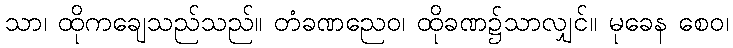
သာ၊ ထိုကချေသည်သည်။ တံခဏညေဝ၊ ထိုခဏ၌သာလျှင်။ မုခေန စေဝ၊